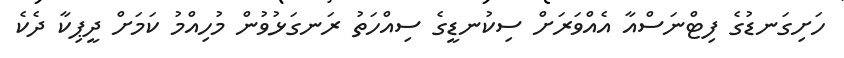
ހަށިގަނޑުގެ ފިޓްނަސްއާ އެއްވަރަށް ސިކުނޑީގެ ސިއްހަތު ރަނގަޅުވުން މުހިއްމު ކަމަށް ދީޕިކާ ދެކެ